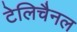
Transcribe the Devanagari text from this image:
टेलिचैनल